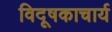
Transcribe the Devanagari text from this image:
विदूषकाचार्य